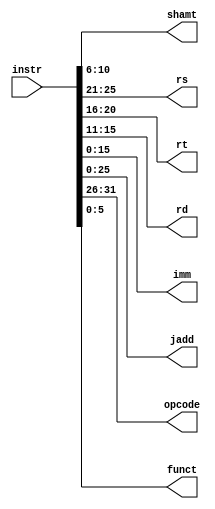
`timescale 1ns / 1ps

module fs (
    input [31:0] instr,

    output [4:0] shamt,
    output [4:0] rs,
    output [4:0] rt,
    output [4:0] rd,
    output [15:0] imm,
    output [25:0] jadd,

    output [5:0] opcode,
    output [5:0] funct
);

assign funct  = instr[5:0];
assign shamt  = instr[10:6];
assign rd     = instr[15:11];
assign rt     = instr[20:16];
assign rs     = instr[25:21];
assign jadd   = instr[25:0];
assign imm    = instr[15:0];
assign opcode = instr[31:26];

endmodule